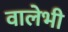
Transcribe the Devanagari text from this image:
वालेभी